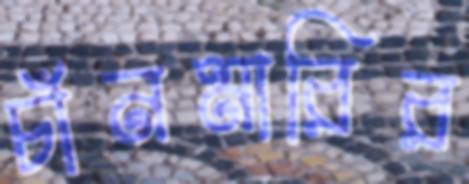
চাঁনমারির